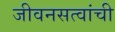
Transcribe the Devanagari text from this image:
जीवनसत्वांची